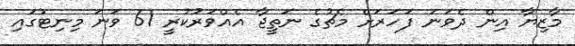
މާޒިޔާ އިން ދެވަނަ ފަހަރަށް މެޗުގެ ނަތީޖާ އެއްވަރުކުރީ 61 ވަނަ މިނިޓުގައި